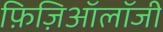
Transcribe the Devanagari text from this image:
फ़िज़िऑलॉजी